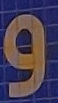
و